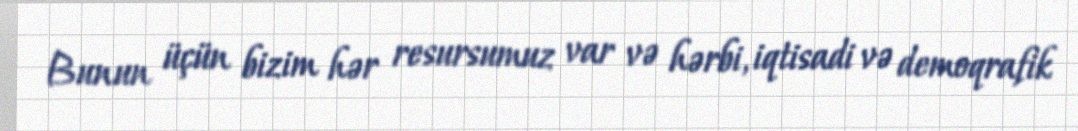
Bunun üçün bizim hər resursumuz var və hərbi, iqtisadi və demoqrafik